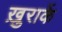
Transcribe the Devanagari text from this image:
ख़ुराकें